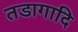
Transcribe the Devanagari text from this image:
तडागादि